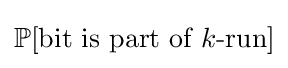
\mathbb {P} [{\text{bit is part of }}k{\text{-run}}]